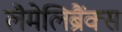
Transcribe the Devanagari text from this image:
लैमेलिब्रैंक्स